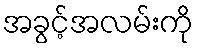
အခွင့်အလမ်းကို